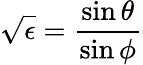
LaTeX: \displaystyle\sqrt{\epsilon}=\frac{\sin\theta}{\sin\phi}